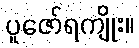
ပူဇော်ရကျိုး။